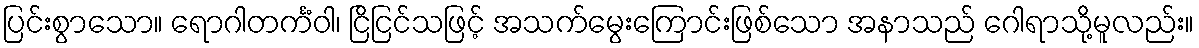
ပြင်းစွာသော။ ရောဂါတင်္ကံဝါ၊ ငြိငြင်သဖြင့် အသက်မွေးကြောင်းဖြစ်သော အနာသည် ဂေါရာသို့မူလည်း။